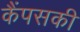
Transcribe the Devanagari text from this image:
कैंपसकी